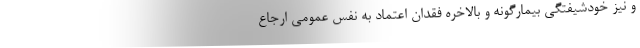
و نیز خودشیفتگی بیمارگونه و بالاخره فقدان اعتماد به نفس عمومی ارجاع